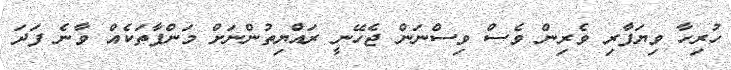
ހުރިހާ ވިޔަފާރި ވެރިން ވެސް ވިސްނަން ޖެހޭނީ ރައްޔިތުންނަށް މަންފާތަކެއް ވާނެ ފަދަ